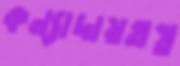
কন্যাদায়গ্রস্ত